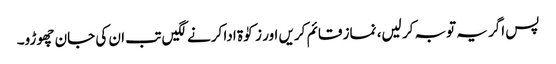
پس اگر یہ توبہ کر لیں، نماز قائم کریں اور زکوٰۃ ادا کرنے لگیں تب ان کی جان چھوڑو۔